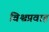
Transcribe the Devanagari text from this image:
विश्वप्रवाह